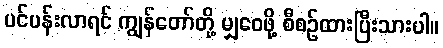
ပင်ပန်းလာရင် ကျွန်တော်တို့ မျှဝေဖို့ စီစဉ်ထားပြီးသားပါ။